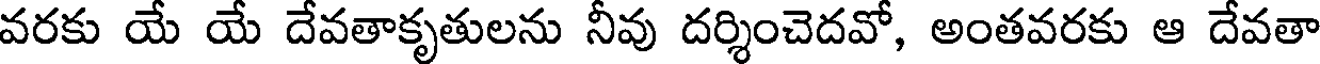
వరకు యే యే దేవతాకృతులను నీవు దర్శించెదవో, అంతవరకు ఆ దేవతా